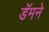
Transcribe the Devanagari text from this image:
डॅमने